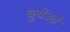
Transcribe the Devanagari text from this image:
बुयेओ